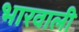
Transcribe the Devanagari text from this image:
भारवाली